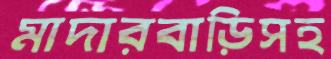
মাদারবাড়িসহ